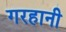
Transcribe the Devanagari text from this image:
गरहानी